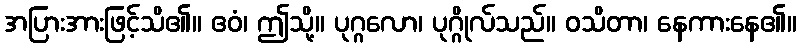
အပြားအားဖြင့်သိ၏။ ဧဝံ၊ ဤသို့။ ပုဂ္ဂလော၊ ပုဂ္ဂိုလ်သည်။ ဝသိတာ၊ နေကားနေ၏။